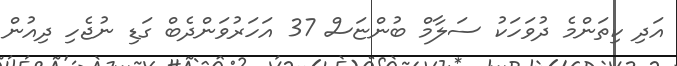
އަދި ކިތަންމެ ދުވަހަކު ސަލާމް ބުންޏަސް 37 އަހަރުވަންދެބް ގަޑި ނުޖެހި ދިއުން